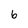
Character: 6